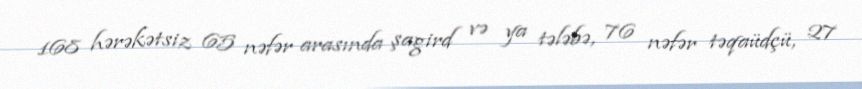
168 hərəkətsiz 65 nəfər arasında şagird və ya tələbə, 76 nəfər təqaüdçü, 27